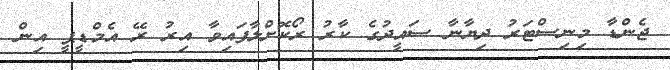
ޖެންޑާ މިނިސްޓަރު ދިޔާނާ ސައީދުގެ ކާރު ރޯކޮށްލާފައިވާ އިރު ރޭ އެމްޑީޕީ އިން